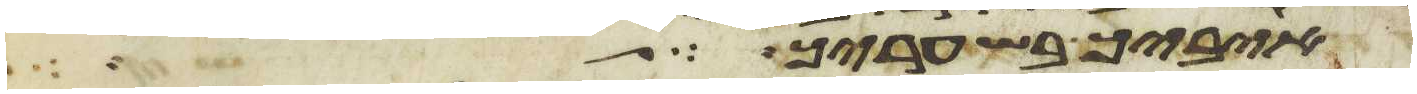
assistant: איביך בשעריך